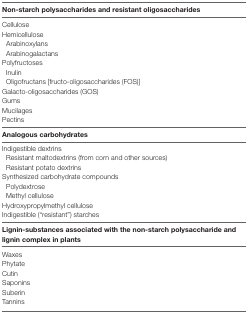
| Non-starch polysaccharides and resistant oligosaccharides |
 | --- |
 | Cellulose |
 | Hemicellulose |
 | Arabinoxylans |
 | Arabinogalactans |
 | Polyfructoses |
 | Inulin |
 | Oligofructans [fructo-oligosaccharides (FOS)] |
 | Galacto-oligosaccharides (GOS) |
 | Gums |
 | Mucilages |
 | Pectins |
 | Analogous carbohydrates |
 | Indigestible dextrins |
 | Resistant maltodextrins (from corn and other sources) |
 | Resistant potato dextrins |
 | Synthesized carbohydrate compounds |
 | Polydextrose |
 | Methyl cellulose |
 | Hydroxypropylmethyl cellulose |
 | Indigestible (“resistant”) starches |
 | Lignin-substances associated with the non-starch polysaccharide and lignin complex in plants |
 | Waxes |
 | Phytate |
 | Cutin |
 | Saponins |
 | Suberin |
 | Tannins |